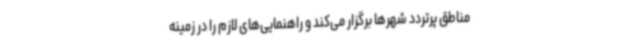
مناطق پرتردد شهرها برگزار می‌کند و راهنمایی‌های لازم را در زمینه